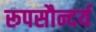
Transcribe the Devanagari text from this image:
रूपसौन्दर्य